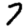
Digit: 7